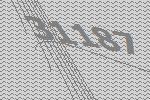
31187